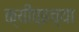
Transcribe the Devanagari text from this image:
क्यीव्हच्या